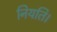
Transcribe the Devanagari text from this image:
नियति।